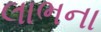
લાભના